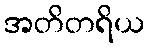
အတိတရိယ